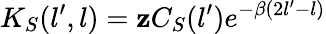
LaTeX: K_{S}(l^{\prime},l)=\mathbf{z}C_{S}(l^{\prime})e^{-\beta(2l^{\prime}-l)}